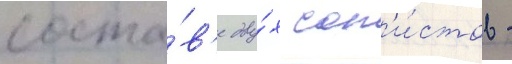
соста́в'е дву́х сол'и́стов -